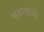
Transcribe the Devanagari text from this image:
चकत्यांची